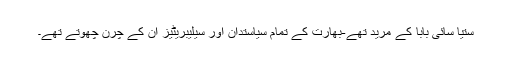
ستیا سائی بابا کے مرید تھے-بھارت کے تمام سیاستدان اور سیلیبریٹیز ان کے چرن چھوتے تھے۔